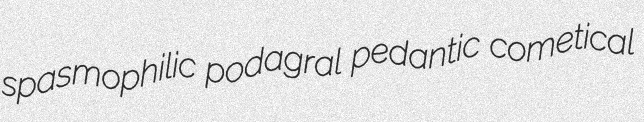
spasmophilic podagral pedantic cometical